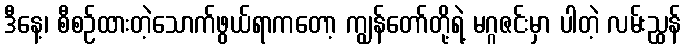
ဒီနေ့၊ စီစဉ်ထားတဲ့သောက်ဖွယ်ရာကတော့ ကျွန်တော်တို့ရဲ့ မဂ္ဂဇင်းမှာ ပါတဲ့ လမ်းညွှန်